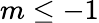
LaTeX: m\le-1